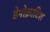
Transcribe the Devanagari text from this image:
डेमोक्राटिश